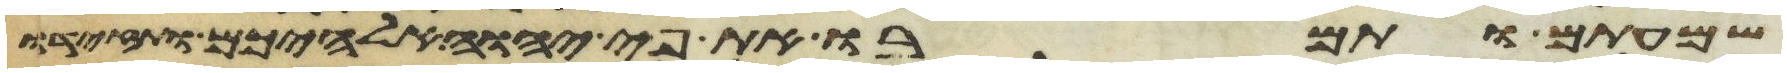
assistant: שמעתם ותמרו את פי יהוה אלהיכם ותזידו